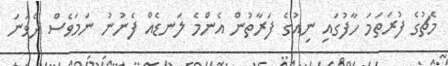
މެޗުގެ ފުރަތަމަ ހާފުގައި ނިއުގެ ފަރާތުން އެންމެ ލަނޑެއް ފެނުނު ނަމަވެސް ދެވަނަ